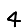
Digit: 4